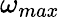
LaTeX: \omega_{max}